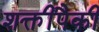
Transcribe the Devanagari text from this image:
शक्तींपैकी